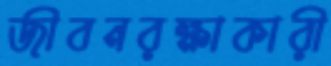
জীবনরক্ষাকারী